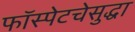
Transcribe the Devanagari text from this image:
फॉस्पेटचेसुद्धा